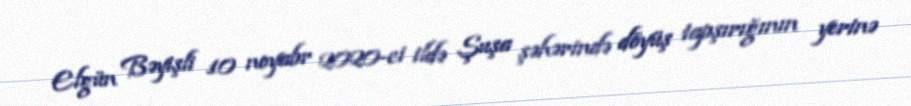
Elgün Bəyişli 10 noyabr 2020-ci ildə Şuşa şəhərində döyüş tapşırığının yerinə